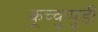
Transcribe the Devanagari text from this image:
कूच्चुप्पुडी